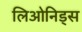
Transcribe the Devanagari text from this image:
लिओनिड्‌स